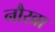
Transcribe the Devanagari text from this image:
नौखा